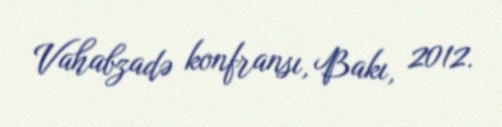
Vahabzadə konfransı, Bakı, 2012.